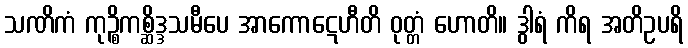
သဏိကံ ကုဉ္စိကစ္ဆိဒ္ဒသမီပေ အာကောဋေဟီတိ ဝုတ္တံ ဟောတိ။ ဒွါရံ ကိရ အတိဥပရိ